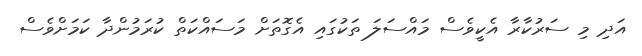
އަދި މި ސަރުކާރާ އެކީވެސް މައްސަލަ ތަކުގައި އެގޮތަށް މަސައްކަތް ކުރަމުންދާ ކަމަށްވެސް